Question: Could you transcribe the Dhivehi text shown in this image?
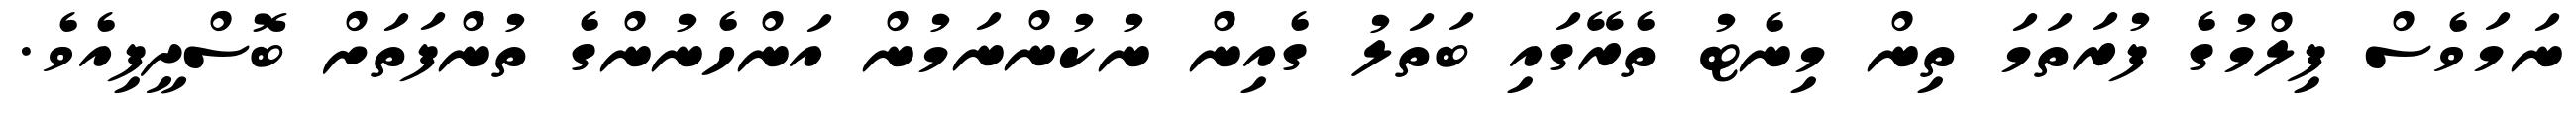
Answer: ނަމަވެސް ފިލްމުގެ ފުރަތަމަ ތިން މިނެޓު ތެރޭގައި ބަތަލު ގެއިން ނުކުންނަމުން އަންހެނުންގެ ތުންފަތަށް ބޮސްދީފިއެވެ.